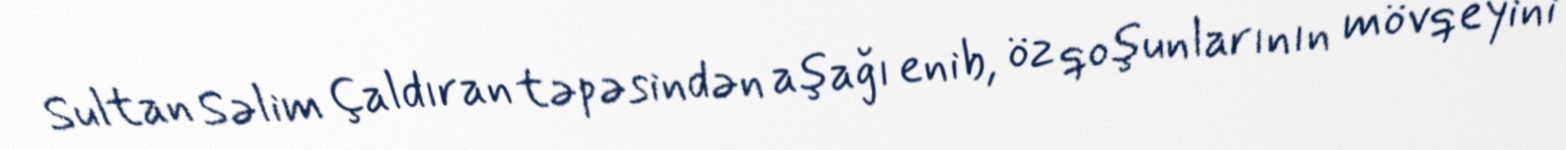
Sultan Səlim Çaldıran təpəsindən aşağı enib, öz qoşunlarının mövqeyini